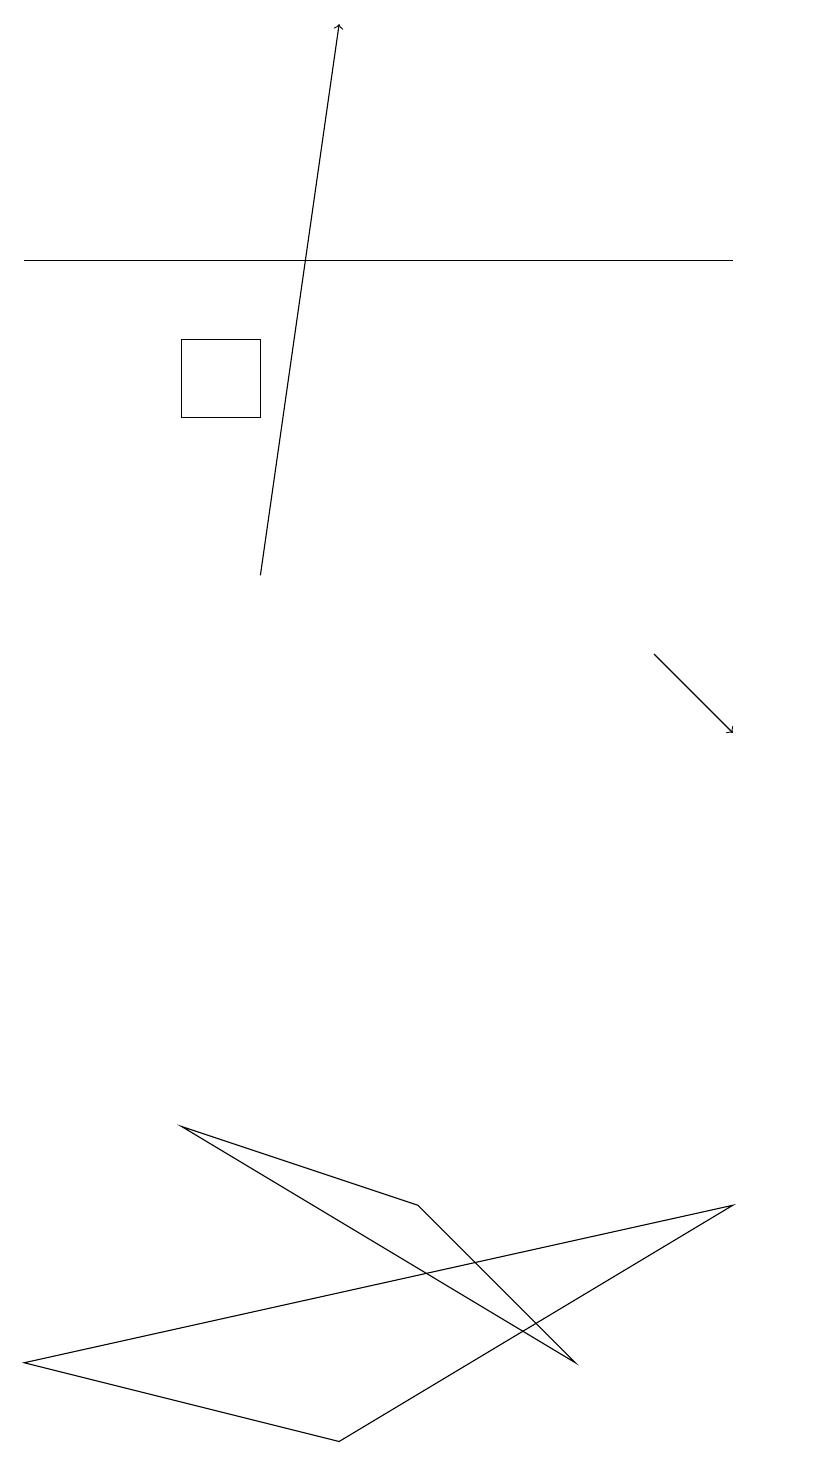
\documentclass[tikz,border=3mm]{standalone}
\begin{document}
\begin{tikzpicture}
\draw (3,14) rectangle (2,15);
\draw (4,1) -- (0,2) -- (9,4) -- cycle;
\draw (10,10) circle (0);
\draw (7,2) -- (5,4) -- (2,5) -- cycle;
\draw[->] (3,12) -- (4,19);
\draw[->] (8,11) -- (9,10);
\draw (9,16) rectangle (0,16);
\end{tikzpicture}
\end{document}